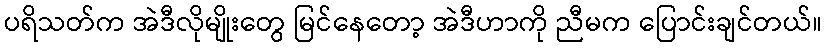
ပရိသတ်က အဲဒီလိုမျိုးတွေ မြင်နေတော့ အဲဒီဟာကို ညီမက ပြောင်းချင်တယ်။